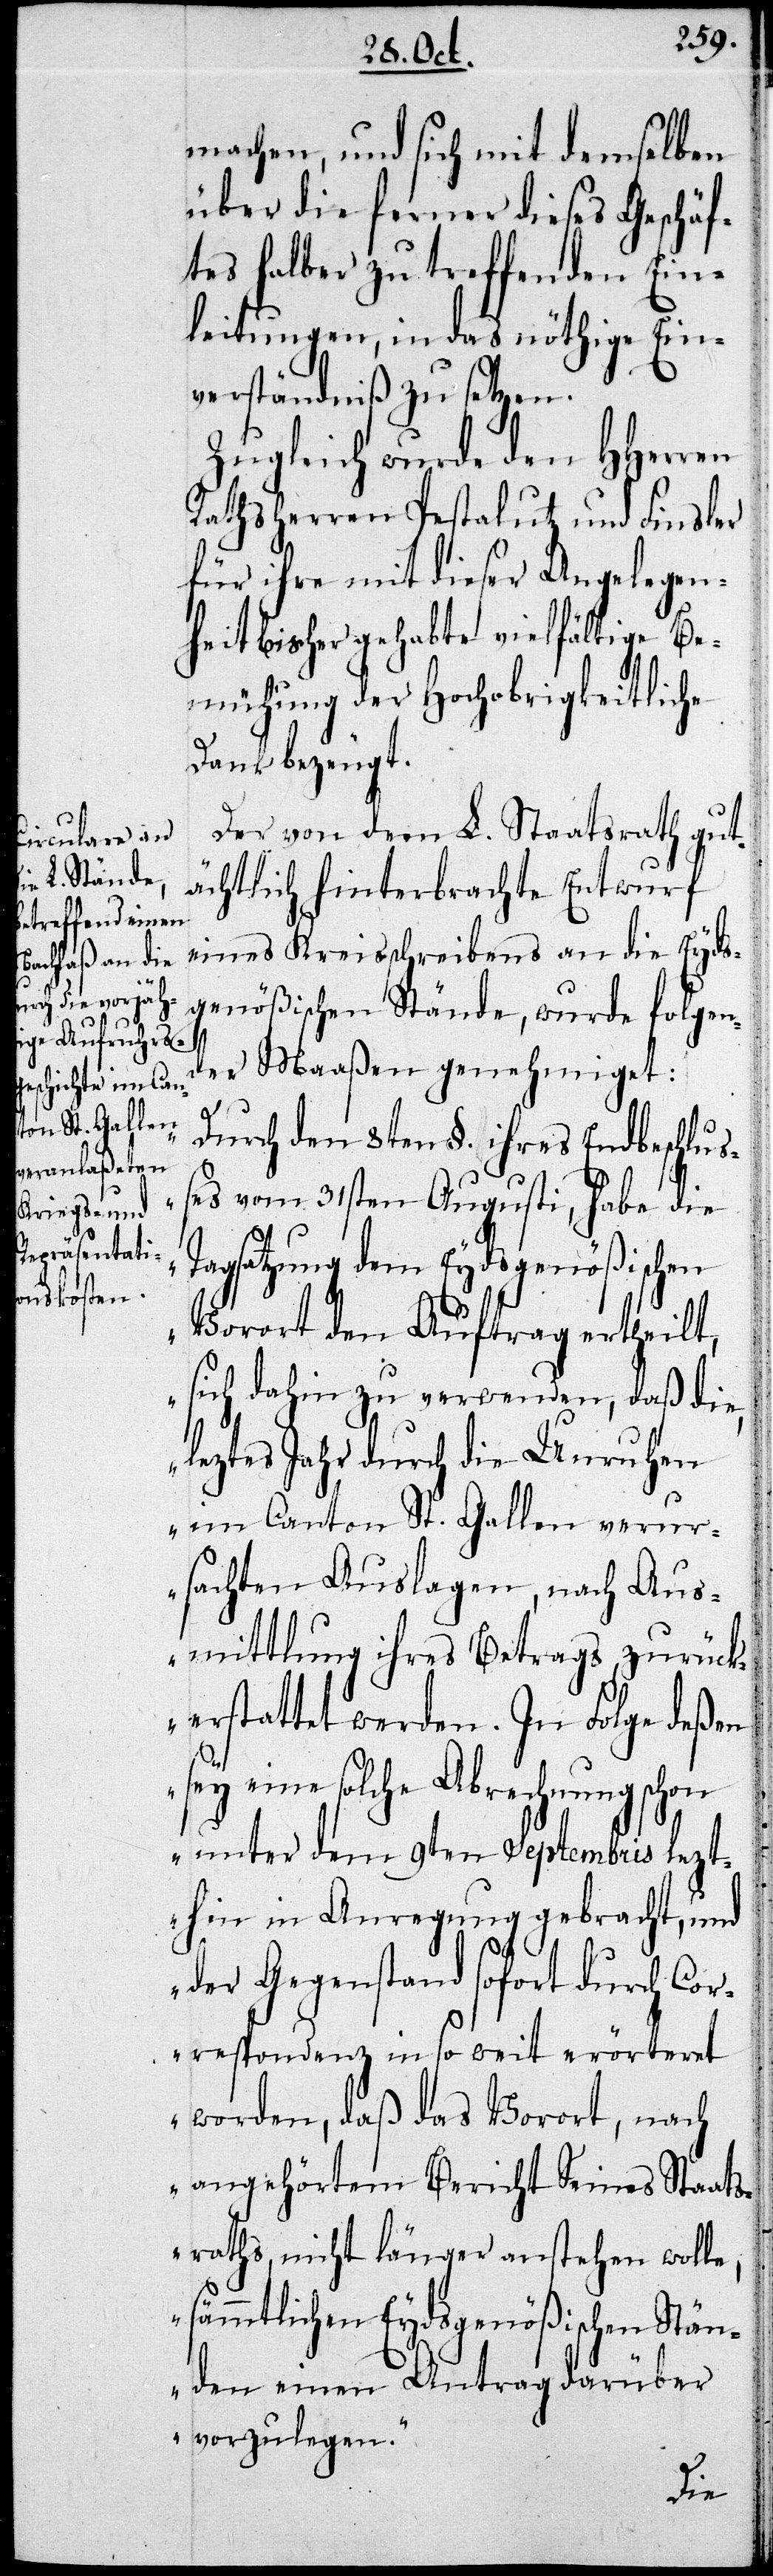
machen, und sich mit demselben
über die ferner dieses Geschäf¬
tes halber zu treffenden Ein¬
leitungen, in das nöthige Ein¬
verständniß zu setzen.
Zugleich wurde den Herren
Rathsherren Pestalutz und Finsler
für ihre mit dieser Angelegen¬
heit bisher gehabte vielfältige Be¬
mühung der Hochobrigkeitliche
Dank bezeugt.
Der von dem L. Staatsrath gut¬
ächtlich hinterbrachte Entwurf
eines Kreisschreibens an die Eyds¬
genößischen Stände, wurde folgen¬
der Maaßen genehmiget:
„Durch den 8ten §. ihres Endbeschluß¬
es vom 31sten Augusti, habe die
Tagsatzung dem Eydsgenößischen
Vorort den Auftrag ertheilt,
sich dahin zu verwenden, daß die,
leztes Jahr durch die Unruhen
im Canton St. Gallen verur¬
sachten Auslagen, nach Aus¬
mittlung ihres Betrags zurück¬
erstattet werden. In Folge deßen
sey eine solche Abrechnung schon
unter dem 9ten Septembris lezt¬
hin in Anregung gebracht, und
der Gegenstand sofort durch Cor¬
respondenz in so weit erörtert
worden, daß das Vorort, nach
angehörtem Bericht Seines Staats¬
raths, nicht länger anstehen wolle,
sämmtlichen Eydsgenößischen Stän¬
den einen Antrag darüber
vorzulegen.